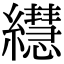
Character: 𦇀